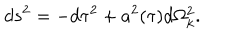
d s ^ { 2 } = - d \tau ^ { 2 } + a ^ { 2 } ( \tau ) d \Omega _ { k } ^ { 2 } .